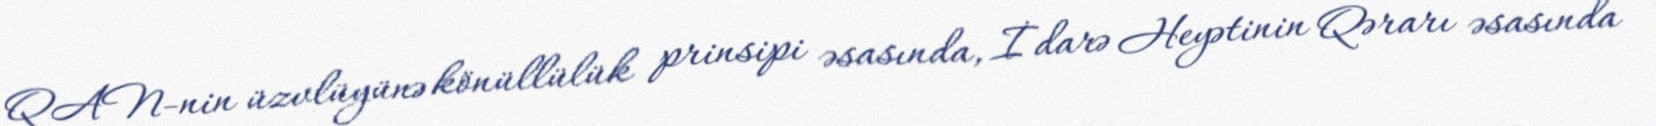
QAN-nin üzvlüyünə könüllülük prinsipi əsasında, İdarə Heyətinin Qərarı əsasında